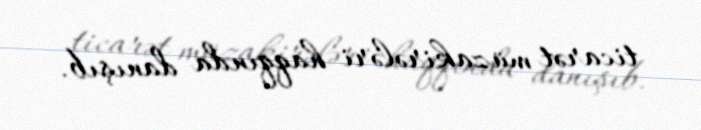
ticarət müzakirələri haqqında danışıb.